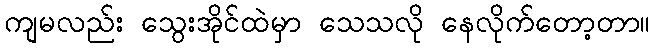
ကျမလည်း သွေးအိုင်ထဲမှာ သေသလို နေလိုက်တော့တာ။